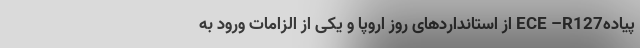
پیادهECE –R127 از استانداردهای روز اروپا و یکی از الزامات ورود به